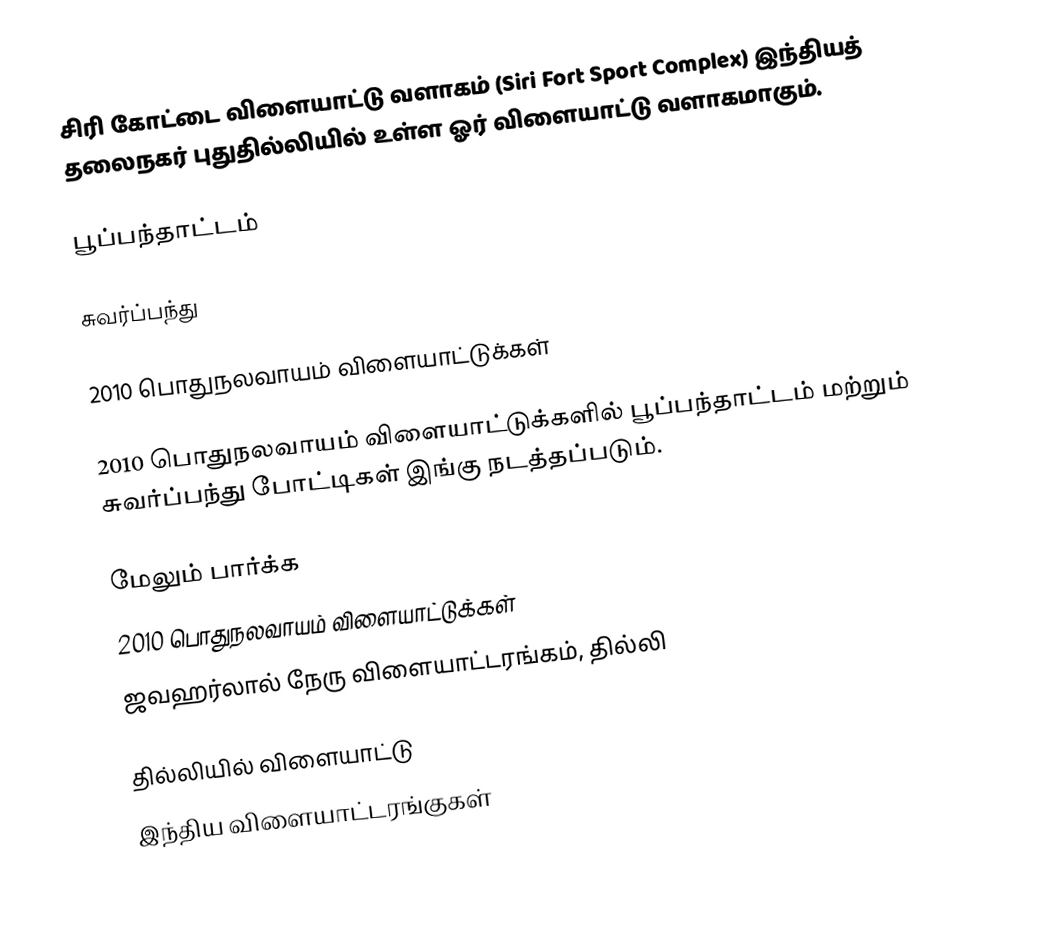
சிரி கோட்டை விளையாட்டு வளாகம் (Siri Fort Sport Complex) இந்தியத் தலைநகர் புதுதில்லியில் உள்ள ஓர் விளையாட்டு வளாகமாகும்.

பூப்பந்தாட்டம்

சுவர்ப்பந்து

2010 பொதுநலவாயம் விளையாட்டுக்கள்

2010 பொதுநலவாயம் விளையாட்டுக்களில் பூப்பந்தாட்டம் மற்றும் சுவர்ப்பந்து போட்டிகள் இங்கு நடத்தப்படும்.

மேலும் பார்க்க
 2010 பொதுநலவாயம் விளையாட்டுக்கள்
 ஜவஹர்லால் நேரு விளையாட்டரங்கம், தில்லி

தில்லியில் விளையாட்டு
இந்திய விளையாட்டரங்குகள்